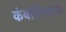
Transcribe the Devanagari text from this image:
कंबोडियाला